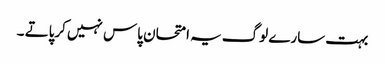
بہت سارے لوگ یہ امتحان پاس نہیں کرپاتے ۔